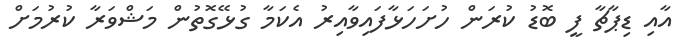
އާއި ޑިޕާޗާ ފީ ބޮޑު ކުރަން ހުށަހަޅާފައިވާއިރު އެކަމާ ގުޅޭގޮތުން މަޝްވަރާ ކުރުމަށް